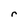
Character: r